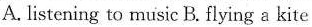
A.listening to music B.flying a kite